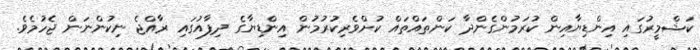
ކަޝްމީރުގައި އިންޑިޔާއިން ކުރަމުންގެންދާ ކަންތައްތައް ކުށްވެރިކުރުމުން އިންޑިޔާގެ ދިފާއުގައި ރާއްޖެ ނިކުންނަން ޖެހުމެވެ.